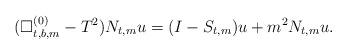
LaTeX: \begin{align*}(\Box^{(0)}_{t,b,m}-T^2) N_{t,m}u=(I-S_{t,m})u+m^2N_{t,m}u.\end{align*}